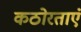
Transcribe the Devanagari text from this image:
कठोरताएं